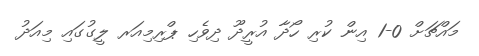
މައްޗަށް 0-1 އިން ކުރި ހޯދާ އުރީދޫ ދިވެހި ޕްރިމިއަރ ލީގުގައި މިއަދު